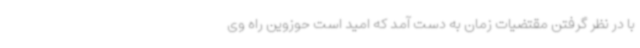
با در نظر گرفتن مقتضیات زمان به دست آمد که امید است حوزوین راه وی